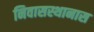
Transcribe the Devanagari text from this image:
निवासस्थानास